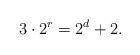
LaTeX: \begin{align*}3\cdot2^r=2^d+2.\end{align*}